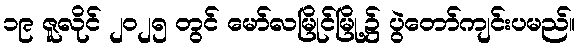
၁၉ ဇူလိုင် ၂၀၂၅ တွင် မော်လမြိုင်မြို့၌ ပွဲတော်ကျင်းပမည်။